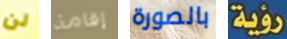
لن إقامة بالصورة رؤية